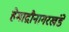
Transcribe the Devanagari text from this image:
हेमाद्रौनागरखंडे